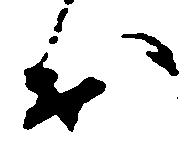
出